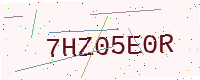
Text: 7HZ05E0R